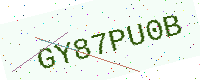
Text: GY87PU0B